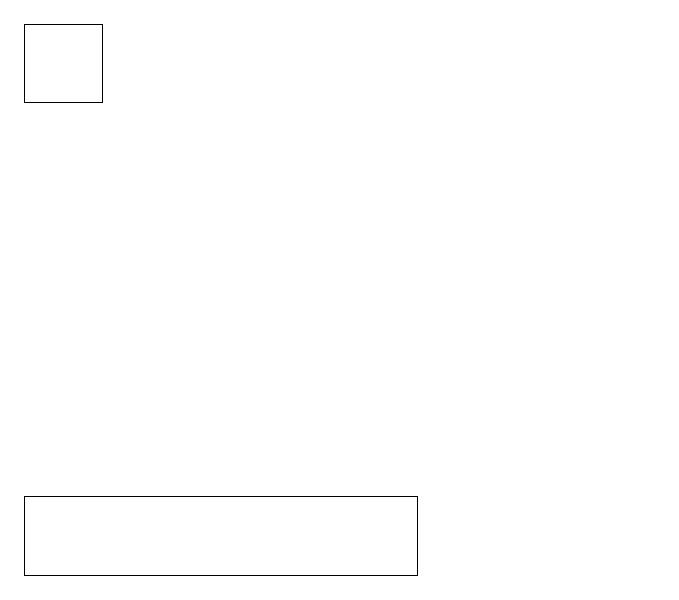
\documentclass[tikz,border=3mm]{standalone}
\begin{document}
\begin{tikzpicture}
\draw (3,11) rectangle (8,10);
\draw (3,17) rectangle (4,16);
\draw (11,10) circle (0);
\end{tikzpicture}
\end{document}